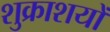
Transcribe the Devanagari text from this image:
शुक्राशयों